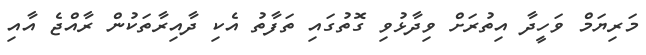
މަރިޔަމް ވަހީދާ އިތުރަށް ވިދާޅުވި ގޮތުގައި ތަފާތު އެކި ދާއިރާތަކުން ރާއްޖެ އާއި